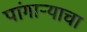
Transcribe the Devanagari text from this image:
पांगाऱ्याचा